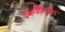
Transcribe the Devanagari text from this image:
३६०दिनका